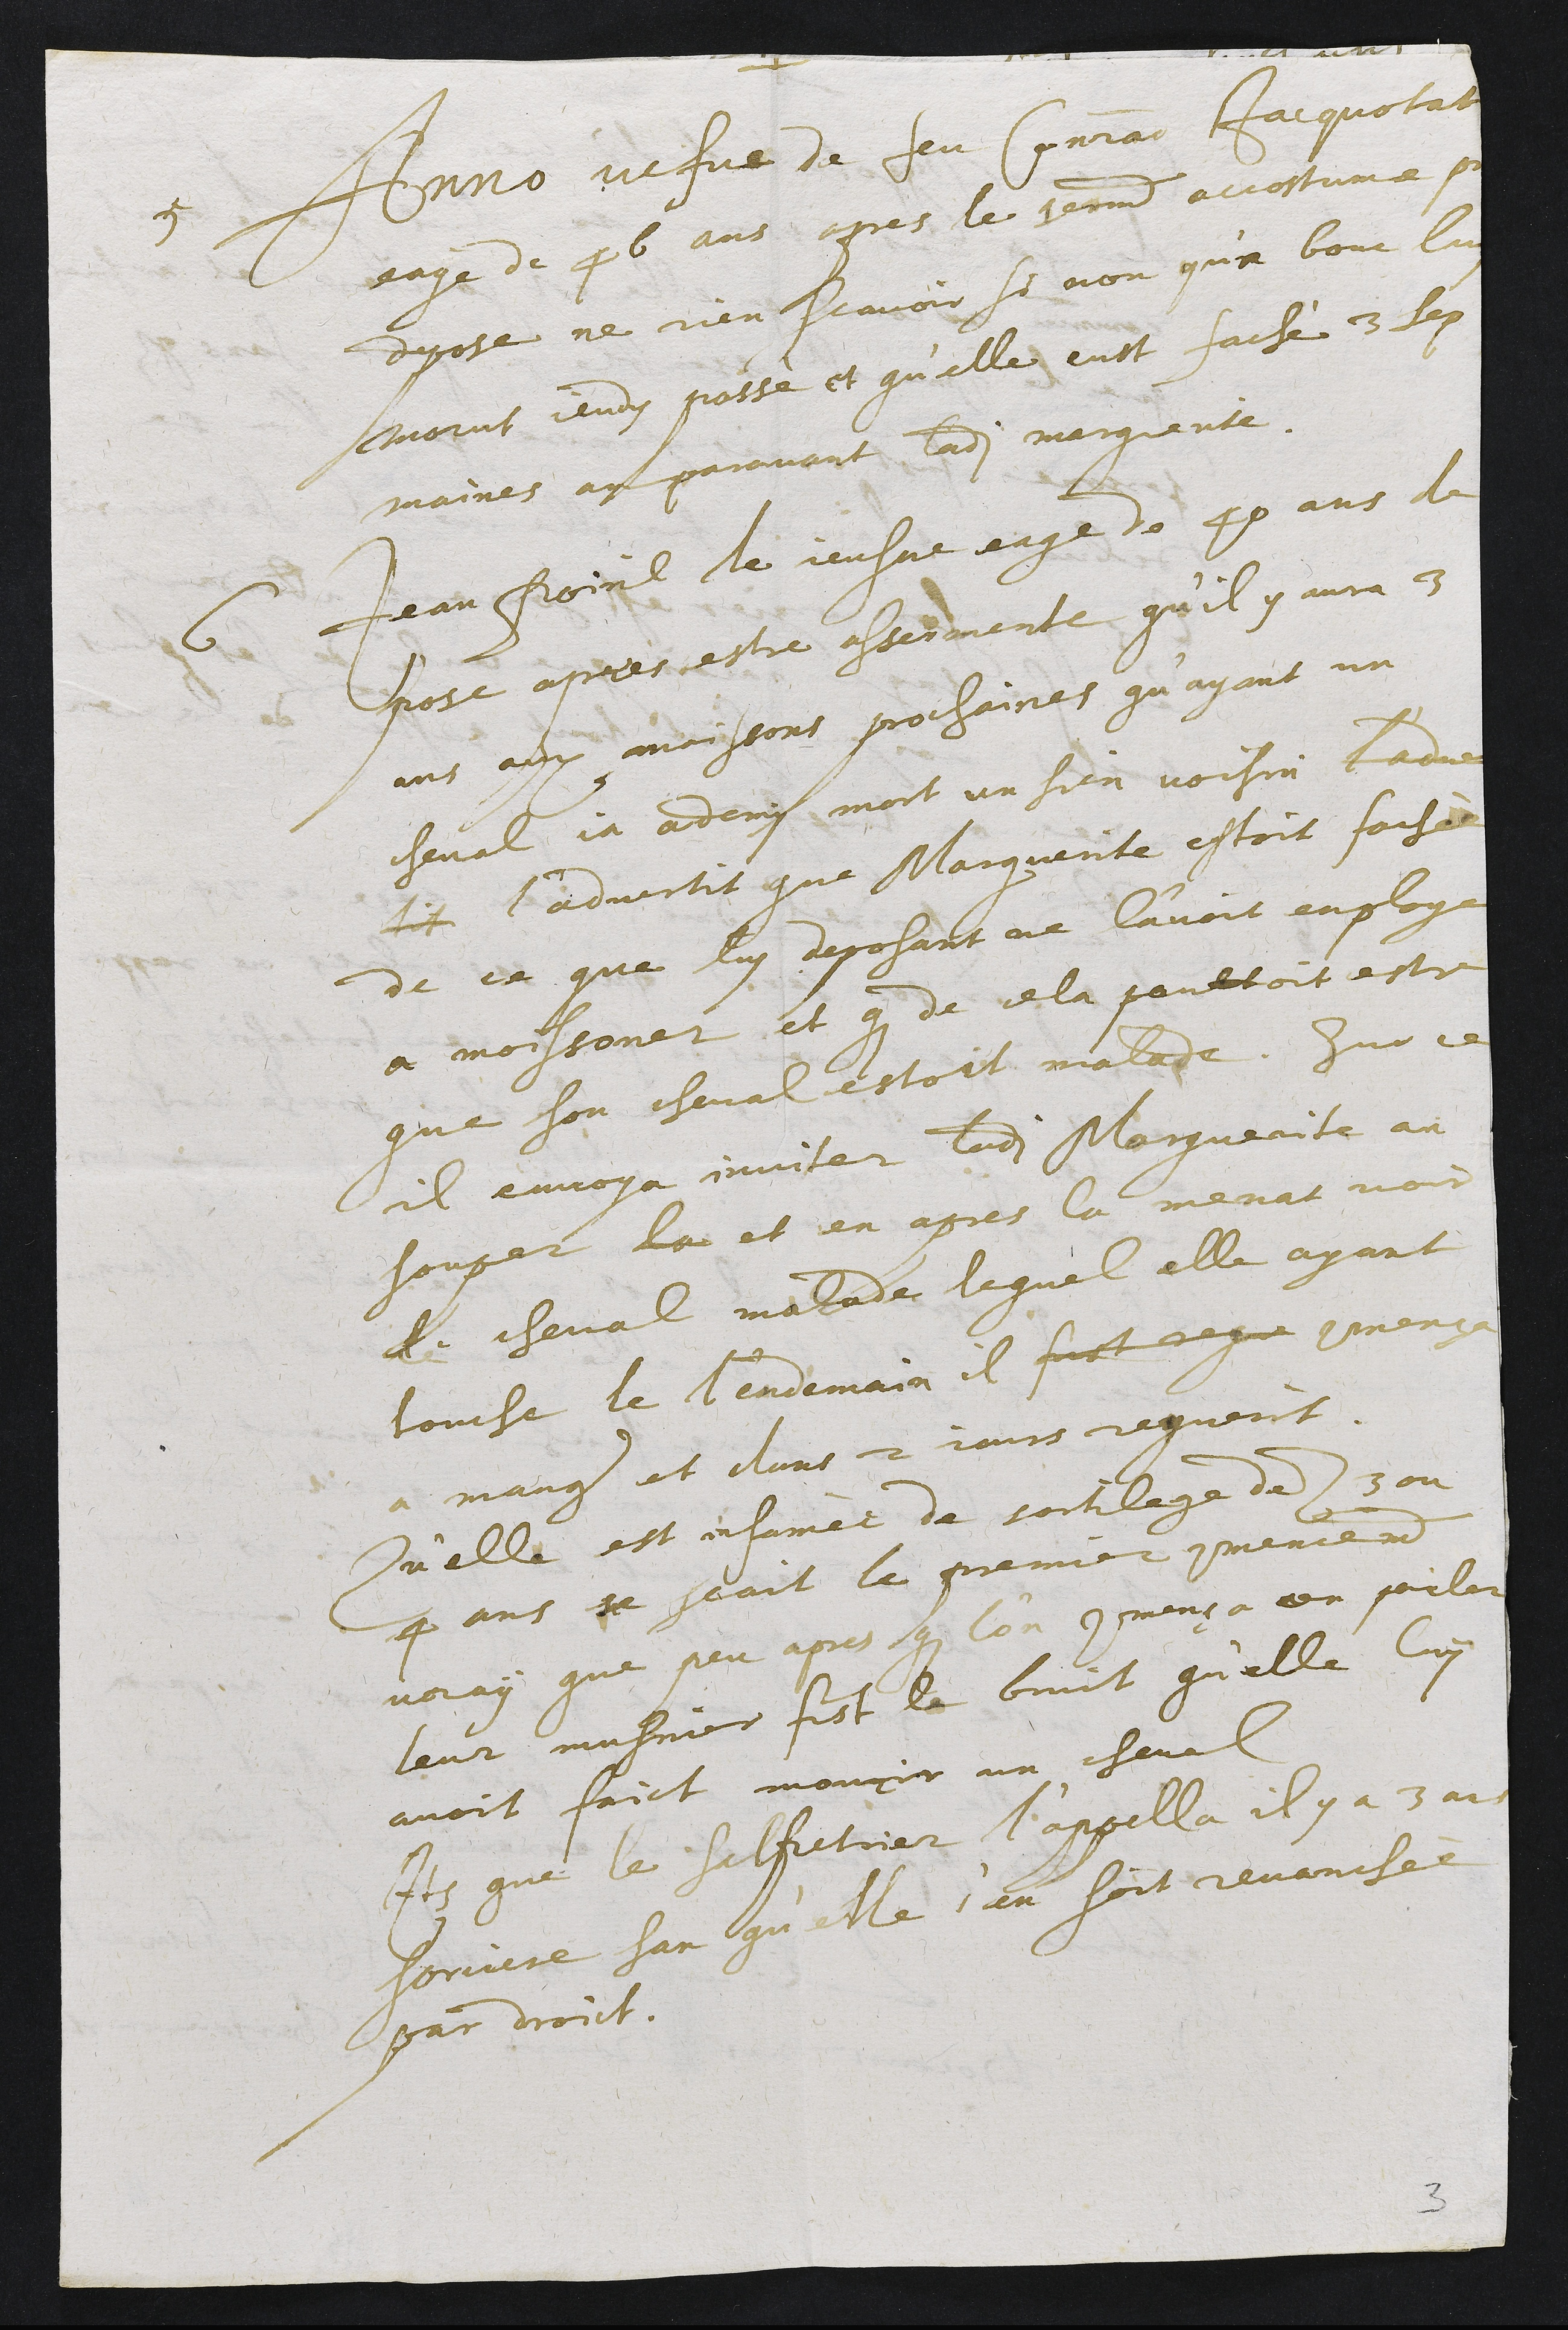
+
5 Anno vefve de feu Conrad Jacquotat
eage de 40 ans apres le serment accostume pr
depose ne rien scavoir si non q'un bouc luy
morut jeudy passe et qu'elle eust fache 3 sep
maines au paravant ladite Marguerite
6 Jean Poril le jeusne eage de 40 ans de
pose apres estre assermente qu'il y aura 3
ans aux moissons prochaines qu'ayant un
cheval ja ademy mort un sien voisin l'adver
tit l'advertit que Marguerite estoit fachée
de ce que luy deposant ne l'avoit employe
a moissoner et que de cela povltoit estre
que son cheval estoit malade. Sur ce
il envoya inviter ladite Marguerite au
souper la et en apres la menat voir
le cheval malade lequel elle ayant
touche le lendemain il fust regue commença
a manger et dans 2 jours reguerit.
Qu'elle est infamèe de sortilege dez 3 ou
4 ans ne scait le premier commencement
vray que peu apres que l'on le commença en parler
leur musnier fist le bruit qu'elle luy
avoit faict mourir un cheval
Item que le salpetrier l'appella il y a 3 ans
sorciere san qu'elle s'en soit revanchèe
par droict.